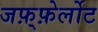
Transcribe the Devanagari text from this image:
जफ़्फ़ेर्लोट